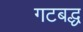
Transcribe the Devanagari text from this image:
गटबद्ध